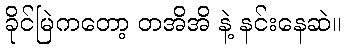
ခိုင်မြဲကတော့ တအိအိ နဲ့ နင်းနေဆဲ။